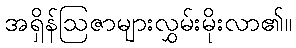
အရှိန်ဩဇာများလွှမ်းမိုးလာ၏။